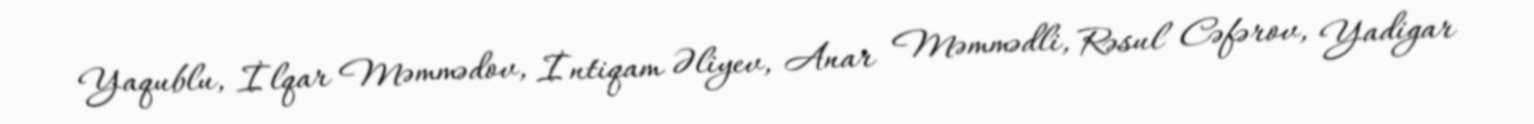
Yaqublu, İlqar Məmmədov, İntiqam Əliyev, Anar Məmmədli, Rəsul Cəfərov, Yadigar